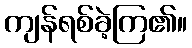
ကျန်ရစ်ခဲ့ကြ၏။